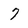
Character: 7